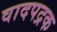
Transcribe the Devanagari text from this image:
वादपद्रक